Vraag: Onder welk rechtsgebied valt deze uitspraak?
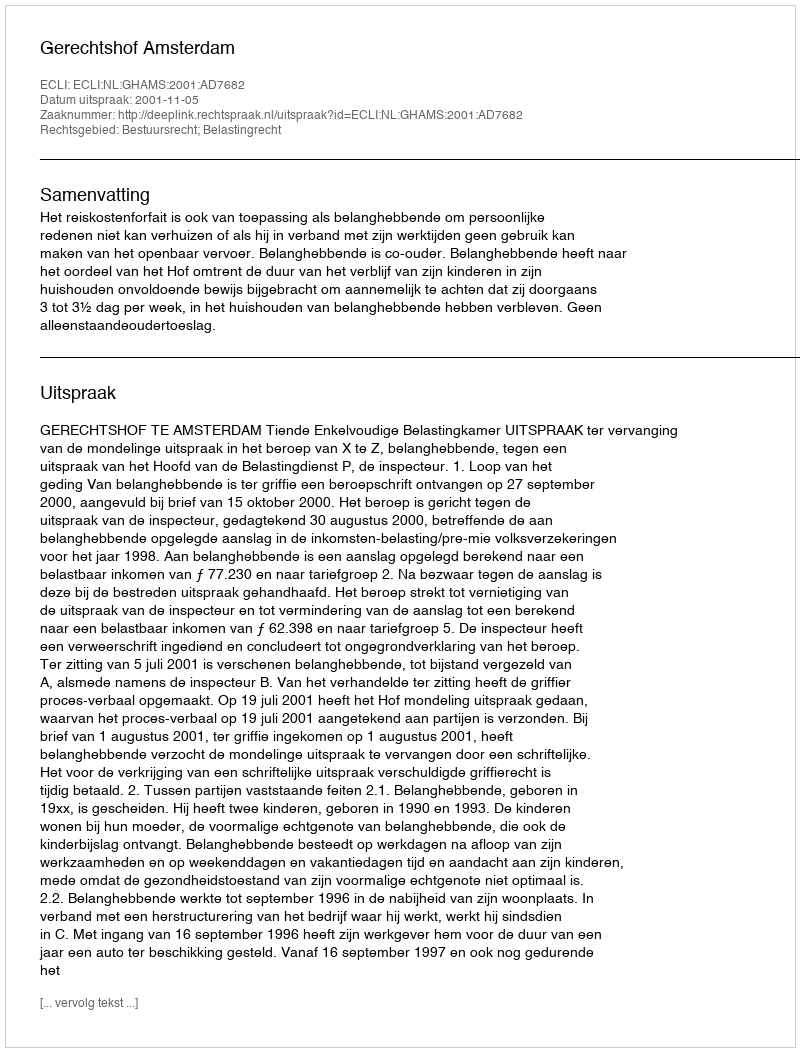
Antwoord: Bestuursrecht; Belastingrecht